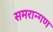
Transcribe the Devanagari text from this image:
समरान्गण